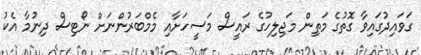
ގަވައިދުގައިވާ ގޮތުގެ މަތިން މަޖިލިހުގެ ރައީސް މަސީހަށާއި މެމްބަރުންނަށް ނޯޓިސް ދިނުމާ އެކު